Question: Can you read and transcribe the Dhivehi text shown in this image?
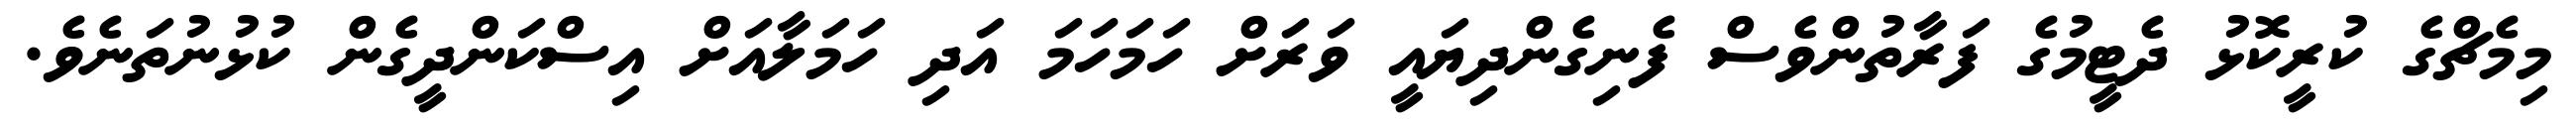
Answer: މިމެޗްގެ ކުރީކޮޅު ދެޓީމުގެ ފަރާތުންވެސް ފެނިގެންދިޔައީ ވަރަށް ހަމަހަމަ އަދި ހަމަލާއަށް އިސްކަންދީގެން ކުޅުނުތަނެވެ.